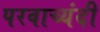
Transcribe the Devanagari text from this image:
परवाच्यंदी